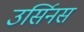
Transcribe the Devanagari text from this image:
उर्सिनस